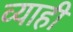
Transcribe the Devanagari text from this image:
व्‍याही